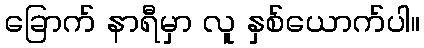
ခြောက် နာရီမှာ လူ နှစ်ယောက်ပါ။